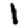
Digit: 1